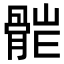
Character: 𩩆